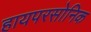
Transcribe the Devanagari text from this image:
हायपरसोनिक